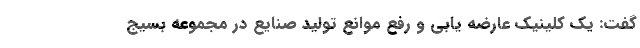
گفت: یک کلینیک عارضه یابی و رفع موانع تولید صنایع در مجموعه بسیج